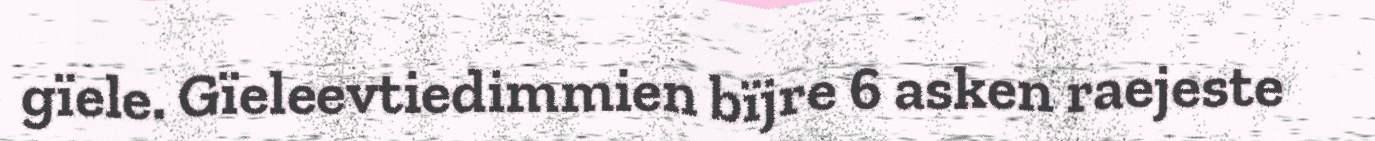
gïele. Gïeleevtiedimmien bïjre 6 asken raejeste